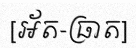
[អ័ត-ធ្រាត]